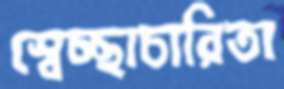
স্বেচ্ছাচারিতা